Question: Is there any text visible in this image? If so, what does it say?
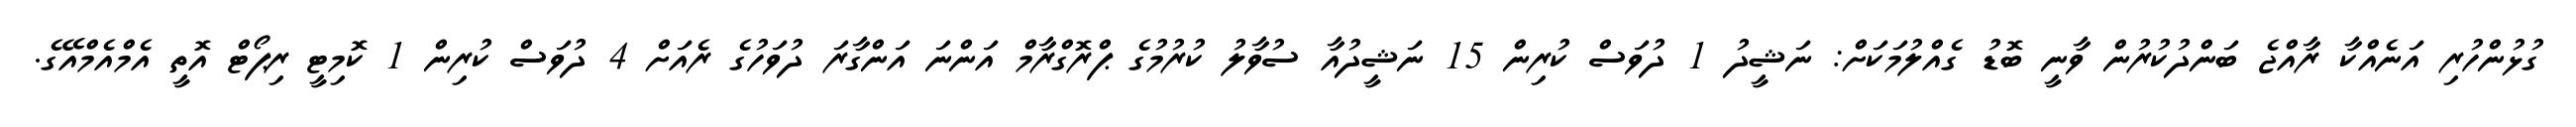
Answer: ގުޅުންހުރި އަނެއްކާ ރާއްޖެ ބަންދުކުރުން ވާނީ ބޮޑު ގެއްލުމަކަށް: ނަޝީދު 1 ދުވަސް ކުރިން 15 ނަޝީދުއާ ސުވާލު ކުރުމުގެ ޕްރޮގްރާމް އަންނަ އަންގާރަ ދުވަހުގެ ރެއަށް 4 ދުވަސް ކުރިން 1 ކޮމިޓީ ރިޕޯޓް އޮތީ އެމްއެމްއޭގެ.